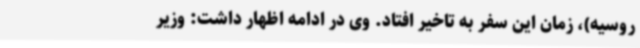
روسیه)، زمان این سفر به تاخیر افتاد. وی در ادامه اظهار داشت: وزیر